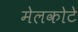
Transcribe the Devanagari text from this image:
मेलकोटे